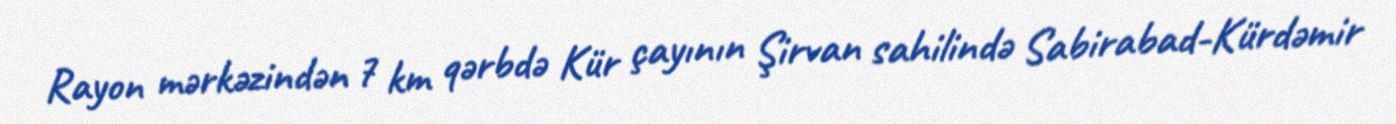
Rayon mərkəzindən 7 km qərbdə Kür çayının Şirvan sahilində Sabirabad-Kürdəmir